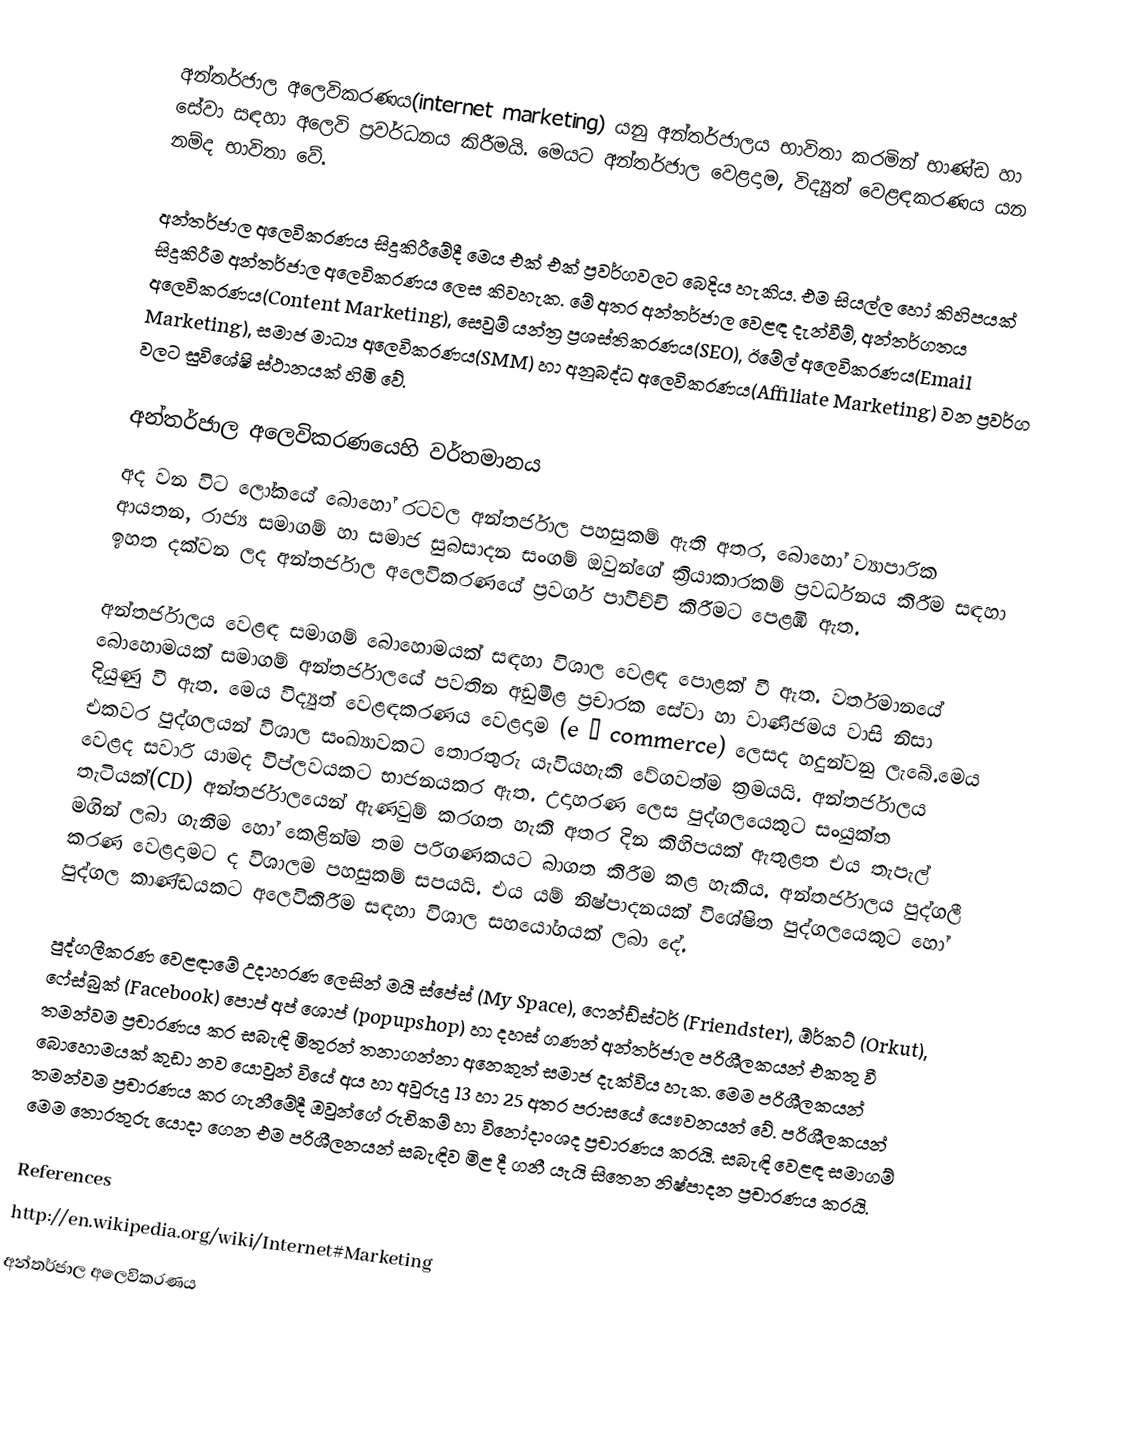
අන්තර්ජාල අලෙවිකරණය(internet marketing) යනු අන්තර්ජාලය භාවිතා කරමින් භාණ්ඩ හා සේවා සඳහා අලෙවි ප්‍රවර්ධනය කිරීමයි. මෙයට අන්තර්ජාල වෙළදාම, විද්‍යුත් වෙළඳකරණය යන නම්ද භාවිතා වේ.

අන්තර්ජාල අලෙවිකරණය සිදුකිරීමේදී මෙය එක් එක් ප්‍රවර්ගවලට බෙදිය හැකිය. එම සියල්ල හෝ කිහිපයක් සිදුකිරීම අන්තර්ජාල අලෙවිකරණය ලෙස කිවහැක. මේ අතර අන්තර්ජාල වෙළඳ දැන්වීම්, අන්තර්ගතය අලෙවිකරණය(Content Marketing), සෙවුම් යන්ත්‍ර ප්‍රශස්තිකරණය(SEO), ඊමේල් අලෙවිකරණය(Email Marketing), සමාජ මාධ්‍ය අලෙවිකරණය(SMM) හා අනුබද්ධ අලෙවිකරණය(Affiliate Marketing) වන ප්‍රවර්ග වලට සුවිශේෂි ස්ථානයක් හිමි වේ.

අන්තර්ජාල අලෙවිකරණයෙහි වර්තමානය
අද වන විට ලෝකයේ බොහෝ රටවල අන්තර්ජාල පහසුකම් ඇති අතර, බොහෝ ව්‍යාපාරික ආයතන, රාජ්‍ය සමාගම් හා සමාජ සුබසාදන සංගම් ඔවුන්ගේ ක්‍රියාකාරකම් ප්‍රවර්ධනය කිරීම සඳහා ඉහත දක්වන ලද අන්තර්ජාල අලෙවිකරණයේ ප්‍රවර්ග පාවිච්චි කිරීමට පෙළඹී ඇත.

අන්තර්ජාලය වෙළඳ සමාගම්  බොහොමයක් සඳහා විශාල වෙළඳ  පොළක් වී ඇත. වර්තමානයේ බොහොමයක් සමාගම් අන්තර්ජාලයේ පවතින අඩුමිළ  ප්‍රචාරක සේවා හා වාණිජමය  වාසි  නිසා දියුණු  වී  ඇත. මෙය විද්‍යුත් වෙළඳකරණය වෙළදාම (e – commerce) ලෙසද හදුන්වනු  ලැබේ.මෙය එකවර පුද්ගලයන් විශාල සංඛ්‍යාවකට තොරතුරු  යැවියහැකි  වේගවත්ම ක්‍රමයයි. අන්තර්ජාලය වෙළද සවාරි යාමද විප්ලවයකට භාජනයකර ඇත. උදාහරණ ලෙස පුද්ගලයෙකුට සංයුක්ත තැටියක්(CD) අන්තර්ජාලයෙන් ඇණවුම් කරගත හැකි අතර දින කිහිපයක් ඇතුළත එය තැපැල්  මගින් ලබා ගැනීම හෝ කෙළින්ම තම පරිගණකයට බාගත කිරීම කළ හැකිය. අන්තර්ජාලය පුද්ගලී කරණ වෙළදාමට ද විශාලම පහසුකම් සපයයි. එය යම් නිෂ්පාදනයක් විශේෂිත පුද්ගලයෙකුට  හෝ පුද්ගල  කාණ්ඩයකට අලෙවිකිරීම සඳහා විශාල සහයෝගයක්  ලබා දේ.

පුද්ගලීකරණ වෙළඳාමේ උදාහරණ ලෙසින් මයි ස්පේස් (My Space), ෆෙන්ඩ්ස්ටර් (Friendster), ඕර්කට් (Orkut), ෆේස්බුක් (Facebook) පොප් අප් ශොප් (popupshop) හා දහස් ගණන් අන්තර්ජාල පරිශීලකයන් එකතු වී තමන්වම ප්‍රචාරණය කර සබැඳි මිතුරන් තනාගන්නා අනෙකුත් සමාජ දැක්විය හැක. මෙම පරිශීලකයන් බොහොමයක් කුඩා නව යොවුන් වියේ අය හා අවුරුදු 13 හා 25 අතර පරාසයේ යෞවනයන් වේ. පරිශීලකයන් තමන්වම ප්‍රචාරණය කර ගැනීමේදී ඔවුන්ගේ රුචිකම්  හා විනෝදාංශද ප්‍රචාරණය කරයි. සබැඳි වෙළඳ සමාගම් මෙම තොරතුරු  යොදා ගෙන එම පරිශීලනයන් සබැඳිව මිළ දී ගනී යැයි සිතෙන නිෂ්පාදන ප්‍රචාරණය කරයි.

References
http://en.wikipedia.org/wiki/Internet#Marketing
අන්තර්ජාල අලෙවිකරණය